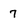
Character: 7